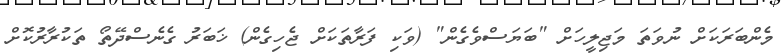
މެންބަރަކަށް ނުވަތަ މަޖިލީހަށް "ބަޔަސްވެގެން" (ވަކި ފަރާތަކަށް ޖެހިގެން) ޚަބަރު ގެނެސްދޭތޯ ތަކުރާރުކޮށް